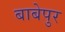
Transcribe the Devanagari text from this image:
बाबेपुर